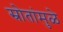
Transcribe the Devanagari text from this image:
स्रोतांमुळे